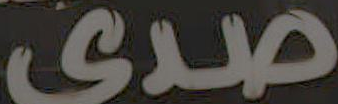
صدى